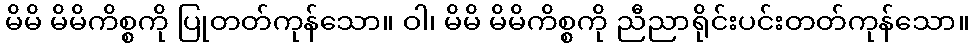
မိမိ မိမိကိစ္စကို ပြုတတ်ကုန်သော။ ဝါ၊ မိမိ မိမိကိစ္စကို ညီညာရိုင်းပင်းတတ်ကုန်သော။